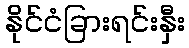
နိုင်ငံခြားရင်းနှီး